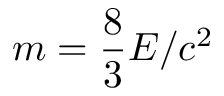
m = { \frac { 8 } { 3 } } E / c ^ { 2 }